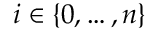
i \in \lbrace 0 , \dots , n \rbrace